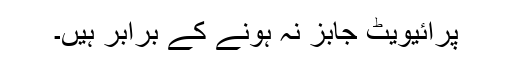
پرائیویٹ جابز نہ ہونے کے برابر ہیں۔